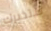
ستخبرك